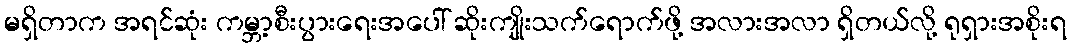
မရှိတာက အရင်ဆုံး ကမ္ဘာ့စီးပွားရေးအပေါ် ဆိုးကျိုးသက်ရောက်ဖို့ အလားအလာ ရှိတယ်လို့ ရုရှားအစိုးရ